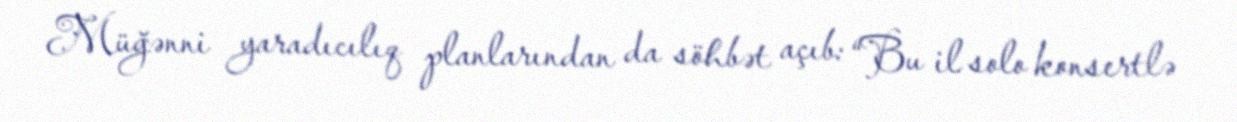
Müğənni yaradıcılıq planlarından da söhbət açıb: “Bu il solo konsertlə